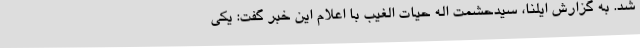
شد. به گزارش ایلنا، سیدحشمت اله حیات الغیب با اعلام این خبر گفت: یکی